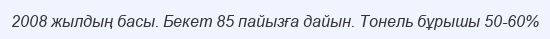
2008 жылдың басы. Бекет 85 пайызға дайын. Тонель бұрышы 50-60%